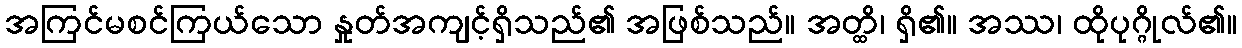
အကြင်မစင်ကြယ်သော နှုတ်အကျင့်ရှိသည်၏ အဖြစ်သည်။ အတ္ထိ၊ ရှိ၏။ အဿ၊ ထိုပုဂ္ဂိုလ်၏။